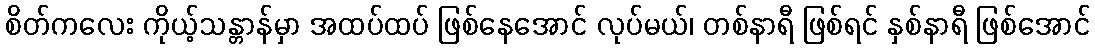
စိတ်ကလေး ကိုယ့်သန္တာန်မှာ အထပ်ထပ် ဖြစ်နေအောင် လုပ်မယ်၊ တစ်နာရီ ဖြစ်ရင် နှစ်နာရီ ဖြစ်အောင်